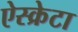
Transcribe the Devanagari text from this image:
ऐस्क्रेटा